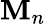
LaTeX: \mathbf{M}_{n}